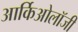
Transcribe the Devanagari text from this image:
आर्किओलॉजी